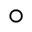
\circ